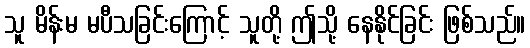
သူ မိန်းမ မပီသခြင်းကြောင့် သူတို့ ဤသို့ နေနိုင်ခြင်း ဖြစ်သည်။